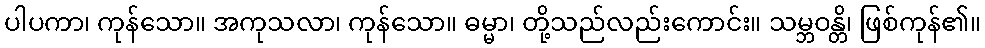
ပါပကာ၊ ကုန်သော။ အကုသလာ၊ ကုန်သော။ ဓမ္မာ၊ တို့သည်လည်းကောင်း။ သမ္ဘဝန္တိ၊ ဖြစ်ကုန်၏။